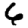
Digit: 6